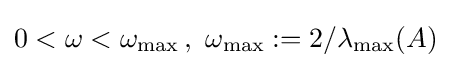
0<\omega <\omega _{\text{max}}\,,\ \omega _{\text{max}}:=2/\lambda _{\text{max}}(A)